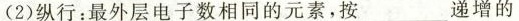
（2）纵行:最外层电子数相同的元素，按___递增的